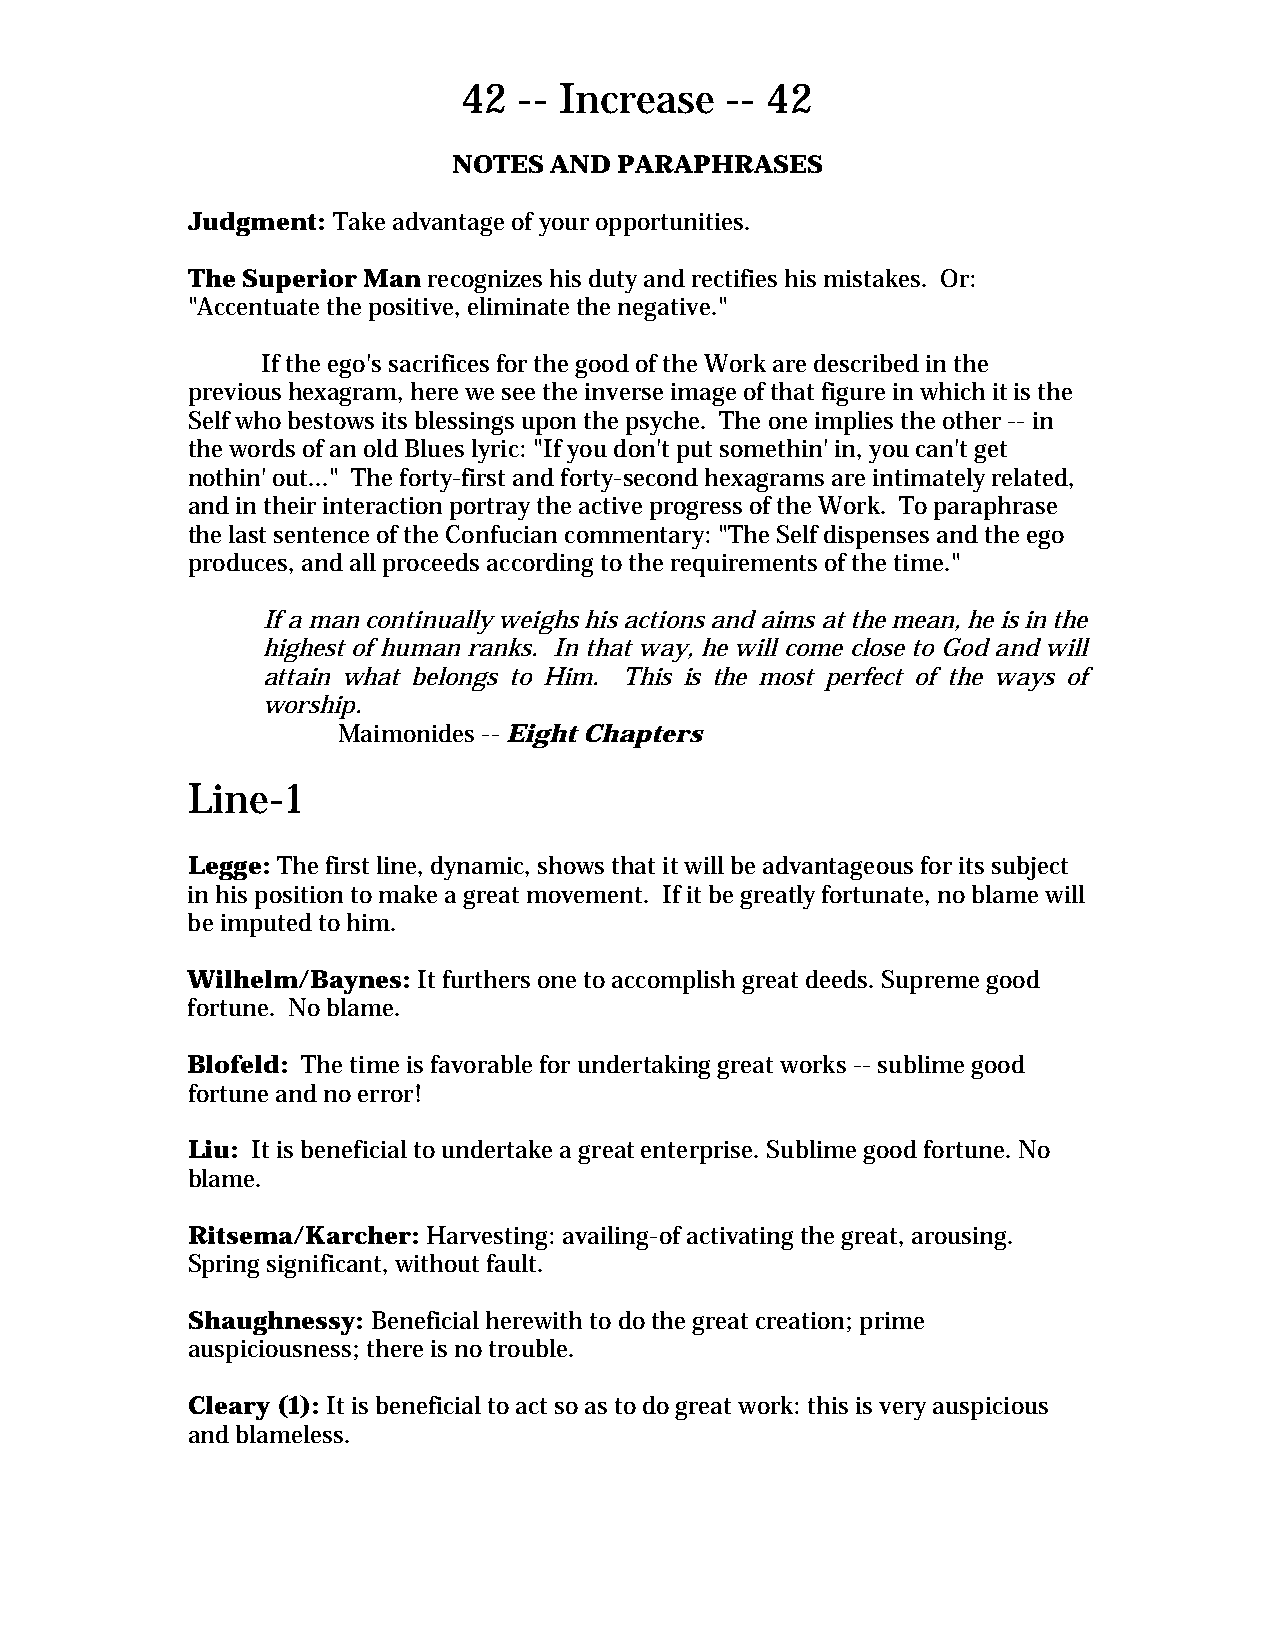
42 -- Increase   -- 42
 NOTES AND  PARAPHRASES
 Judgment: Take advantage of your opportunities.
 The Superior Man recognizes his duty and rectifies his mistakes. Or:
 "Accentuate the positive, eliminate the negative."
 If the ego's sacrifices for the good of the Work are described in the
 previous hexagram, here we see the inverse image of that figure in which it is the
 Self who bestows its blessings upon the psyche. The one implies the other -- in
 the words of an old Blues lyric: "If you don't put somethin' in, you can't get
 nothin' out..." The forty-first and forty-second hexagrams are intimately related,
 and in their interaction portray the active progress of the Work. To paraphrase
 the last sentence of the Confucian commentary: "The Self dispenses and the ego
 produces, and all proceeds according to the requirements of the time."
 If a man continually weighs his actions and aims at the mean, he is in the
 highest of human ranks. In that way, he will come close to God and will
 attain what belongs to Him. This is the most perfect of the ways of
 worship.
 Maimonides -- Eight Chapters
 Line-1
 Legge: The first line, dynamic, shows that it will be advantageous for its subject
 in his position to make a great movement. If it be greatly fortunate, no blame will
 be imputed to him.
 Wilhelm/Baynes: It furthers one to accomplish great deeds. Supreme good
 fortune. No blame.
 Blofeld: The time is favorable for undertaking great works -- sublime good
 fortune and no error!
 Liu: It is beneficial to undertake a great enterprise. Sublime good fortune. No
 blame.
 Ritsema/Karcher: Harvesting: availing-of activating the great, arousing.
 Spring significant, without fault.
 Shaughnessy: Beneficial herewith to do the great creation; prime
 auspiciousness; there is no trouble.
 Cleary (1): It is beneficial to act so as to do great work: this is very auspicious
 and blameless.